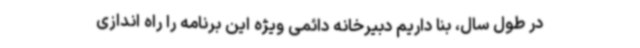
در طول سال، بنا داریم دبیرخانه دائمی ویژه این برنامه را راه اندازی